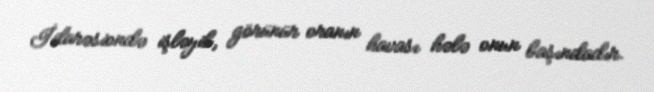
İdarəsiondə işləyib, görünür oranın havası hələ onun başındadır.